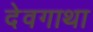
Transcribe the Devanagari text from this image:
देवगाथा